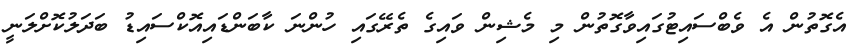
އެގޮތުން އެ ވެބްސައިޓުގައިވާގޮތުން މި މެޝިން ވައިގެ ތެރޭގައި ހުންނަ ކާބަންޑައިއޮކްސައިޑު ބަދަލުކޮށްލަނީ